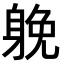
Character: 𨉏